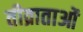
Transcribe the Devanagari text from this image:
तीव्राताओं